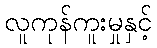
လူကုန်ကူးမှုနှင့်